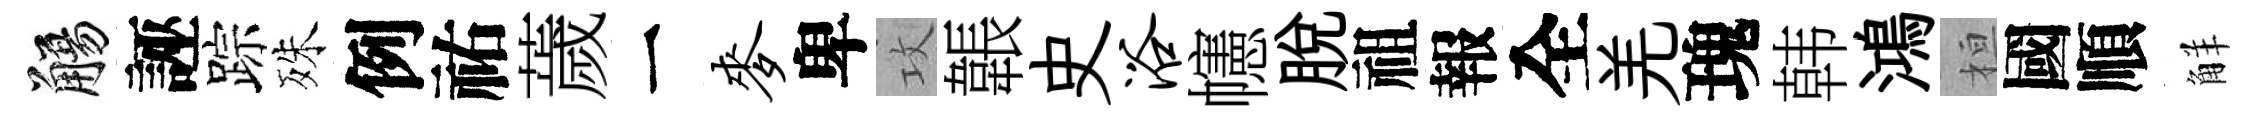
觴誣踪殊例祐薉一麦卑攻韔史浴幰脱祖報全羌瑰韩鴻桓國順觧